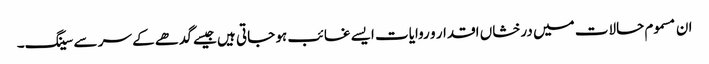
ان مسموم حالات میں درخشاں اقدار و روایات ایسے غائب ہو جاتی ہیں جیسے گدھے کے سر سے سینگ۔